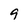
Character: 9